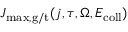
J _ { \mathrm { m a x , g / t } } ( j , \tau , \Omega , E _ { \mathrm { c o l l } } )